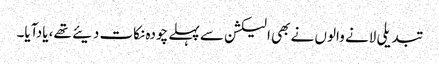
تبدیلی لانے والوں نے بھی الیکشن سے پہلے چودہ نکات دیئے تھے، یادآیا۔